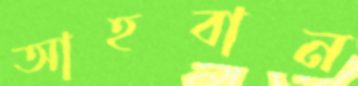
আহবান